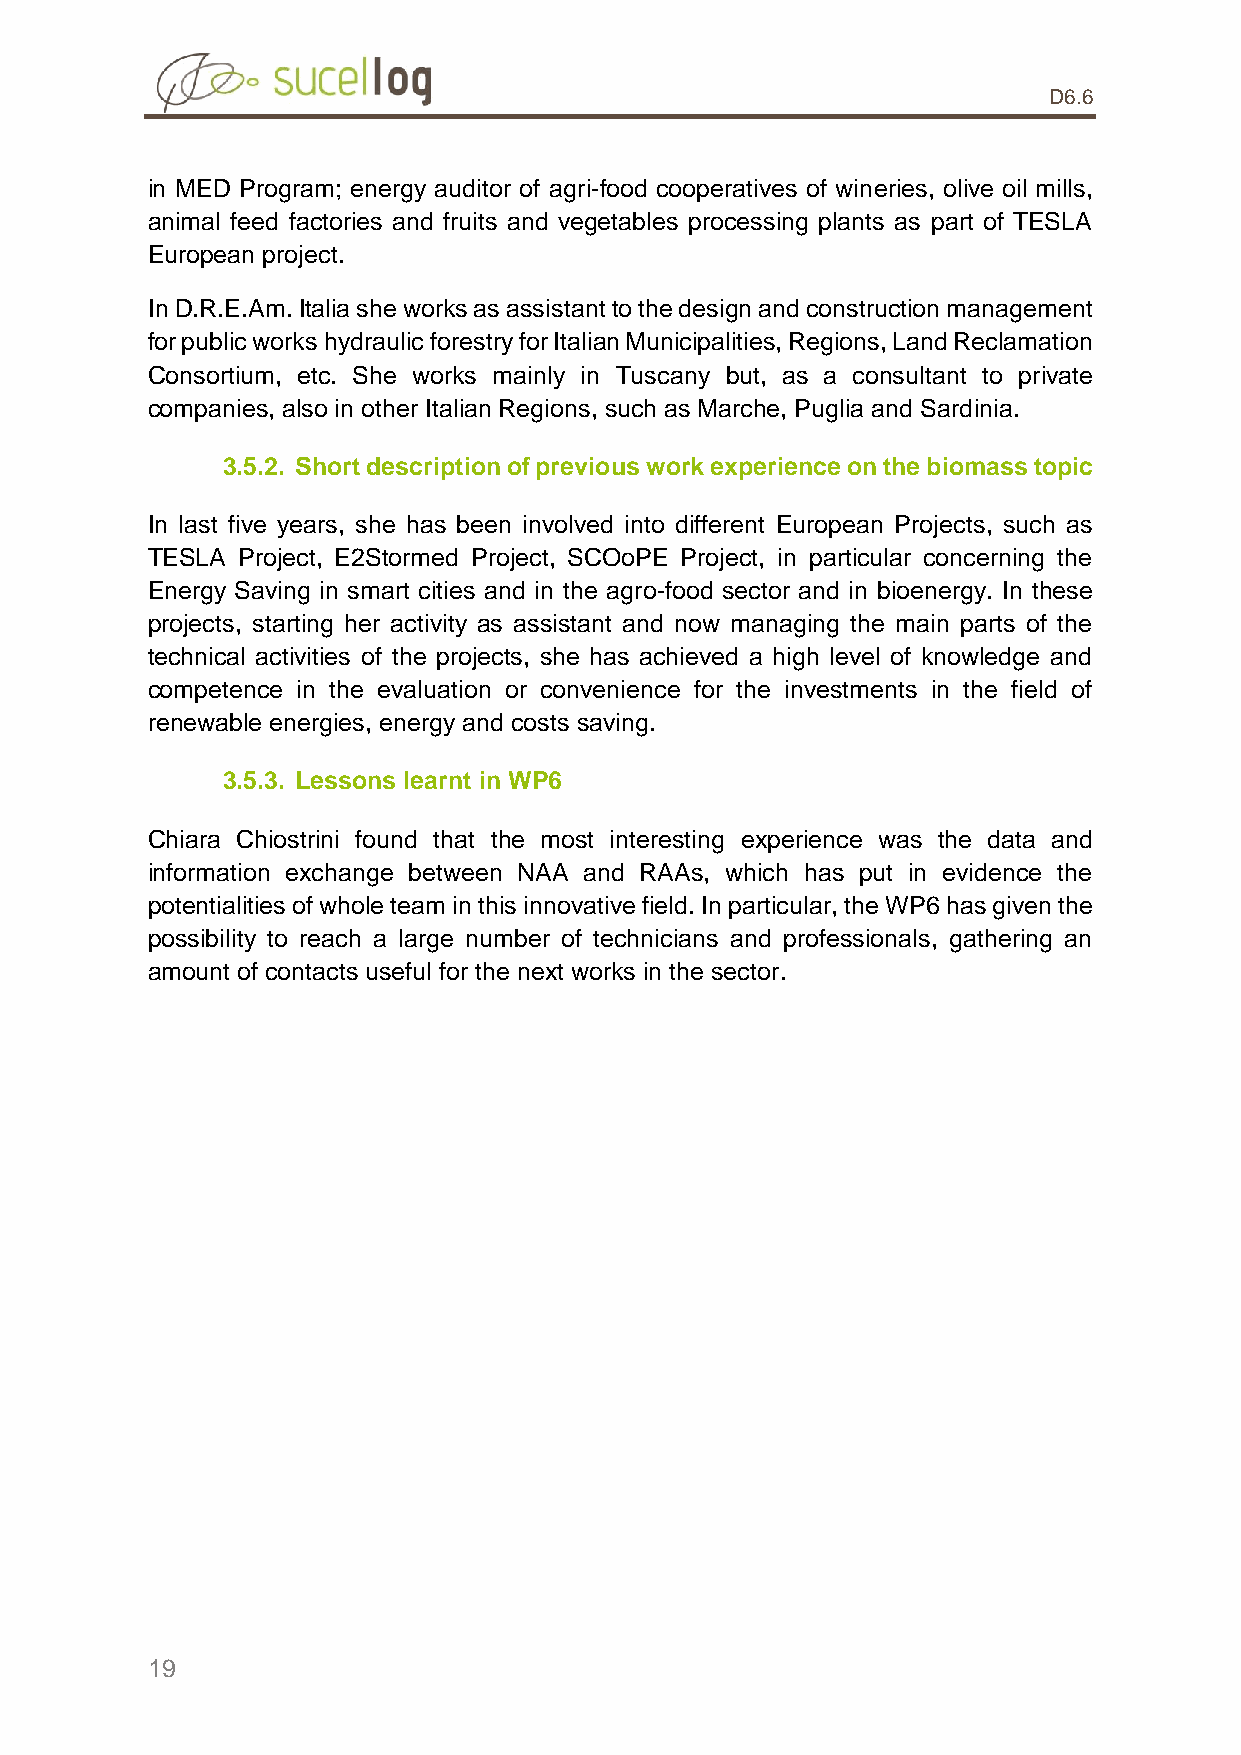
D6.6
 in MED Program; energy auditor of agri-food cooperatives of wineries, olive oil mills,
 animal feed factories and fruits and vegetables processing plants as part of TESLA
 European project.
 In D.R.E.Am. Italia she works as assistant to the design and construction management
 for public works hydraulic forestry for Italian Municipalities, Regions, Land Reclamation
 Consortium, etc. She works mainly in Tuscany but, as a consultant to private
 companies, also in other Italian Regions, such as Marche, Puglia and Sardinia.
 3.5.2. Short description of previous work experience on the biomass topic
 In last five years, she has been involved into different European Projects, such as
 TESLA Project, E2Stormed Project, SCOoPE Project, in particular concerning the
 Energy Saving in smart cities and in the agro-food sector and in bioenergy. In these
 projects, starting her activity as assistant and now managing the main parts of the
 technical activities of the projects, she has achieved a high level of knowledge and
 competence in the evaluation or convenience for the investments in the field of
 renewable energies, energy and costs saving.
 3.5.3. Lessons learnt in WP6
 Chiara Chiostrini found that the most interesting experience was the data and
 information exchange between NAA and RAAs, which has put in evidence the
 potentialities of whole team in this innovative field. In particular, the WP6 has given the
 possibility to reach a large number of technicians and professionals, gathering an
 amount of contacts useful for the next works in the sector.
 19